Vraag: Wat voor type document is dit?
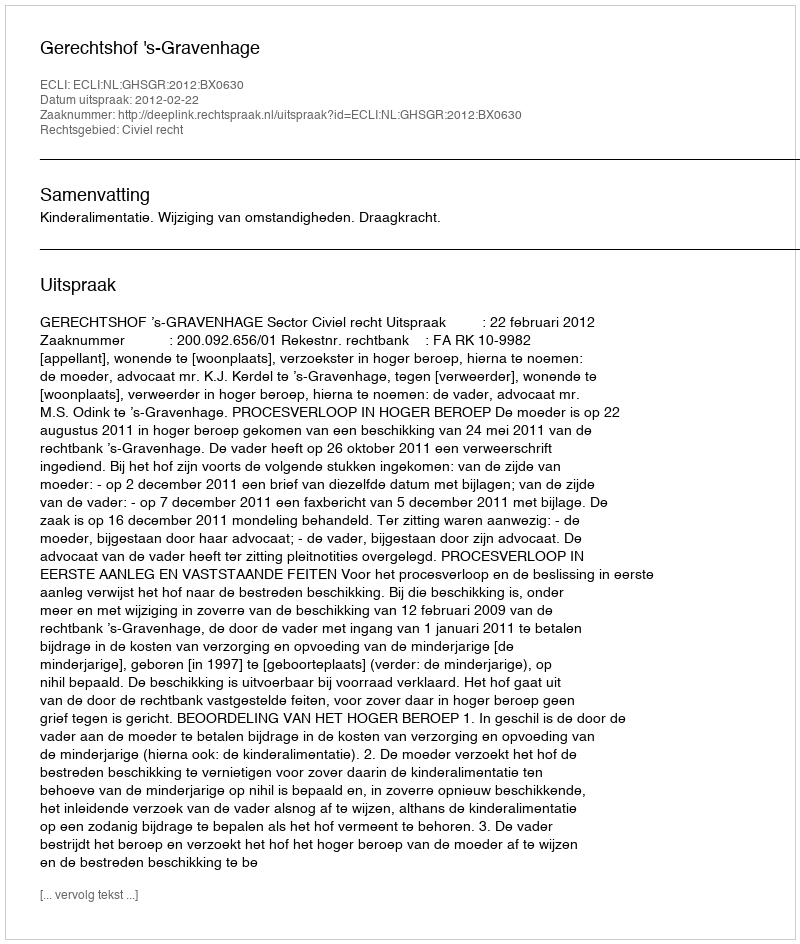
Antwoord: Uitspraak